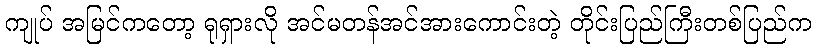
ကျုပ် အမြင်ကတော့ ရုရှားလို အင်မတန်အင်အားကောင်းတဲ့ တိုင်းပြည်ကြီးတစ်ပြည်က